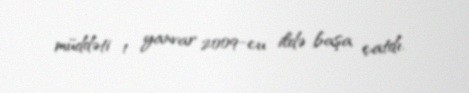
müddəti 1 yanvar 2009-cu ildə başa çatdı.